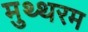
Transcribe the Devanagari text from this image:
मुथ्थरम